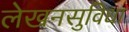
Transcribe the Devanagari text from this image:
लेखनसुविधा